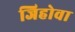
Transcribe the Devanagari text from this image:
जिहोवा